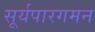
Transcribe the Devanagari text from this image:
सूर्यपारगमन